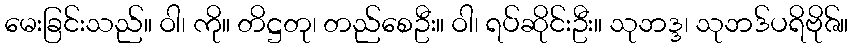
မေးခြင်းသည်။ ဝါ၊ ကို။ တိဋ္ဌတု၊ တည်စေဦး။ ဝါ၊ ရပ်ဆိုင်းဦး။ သုဘဒ္ဒ၊ သုဘဒ်ပရိဗိုဇ်။